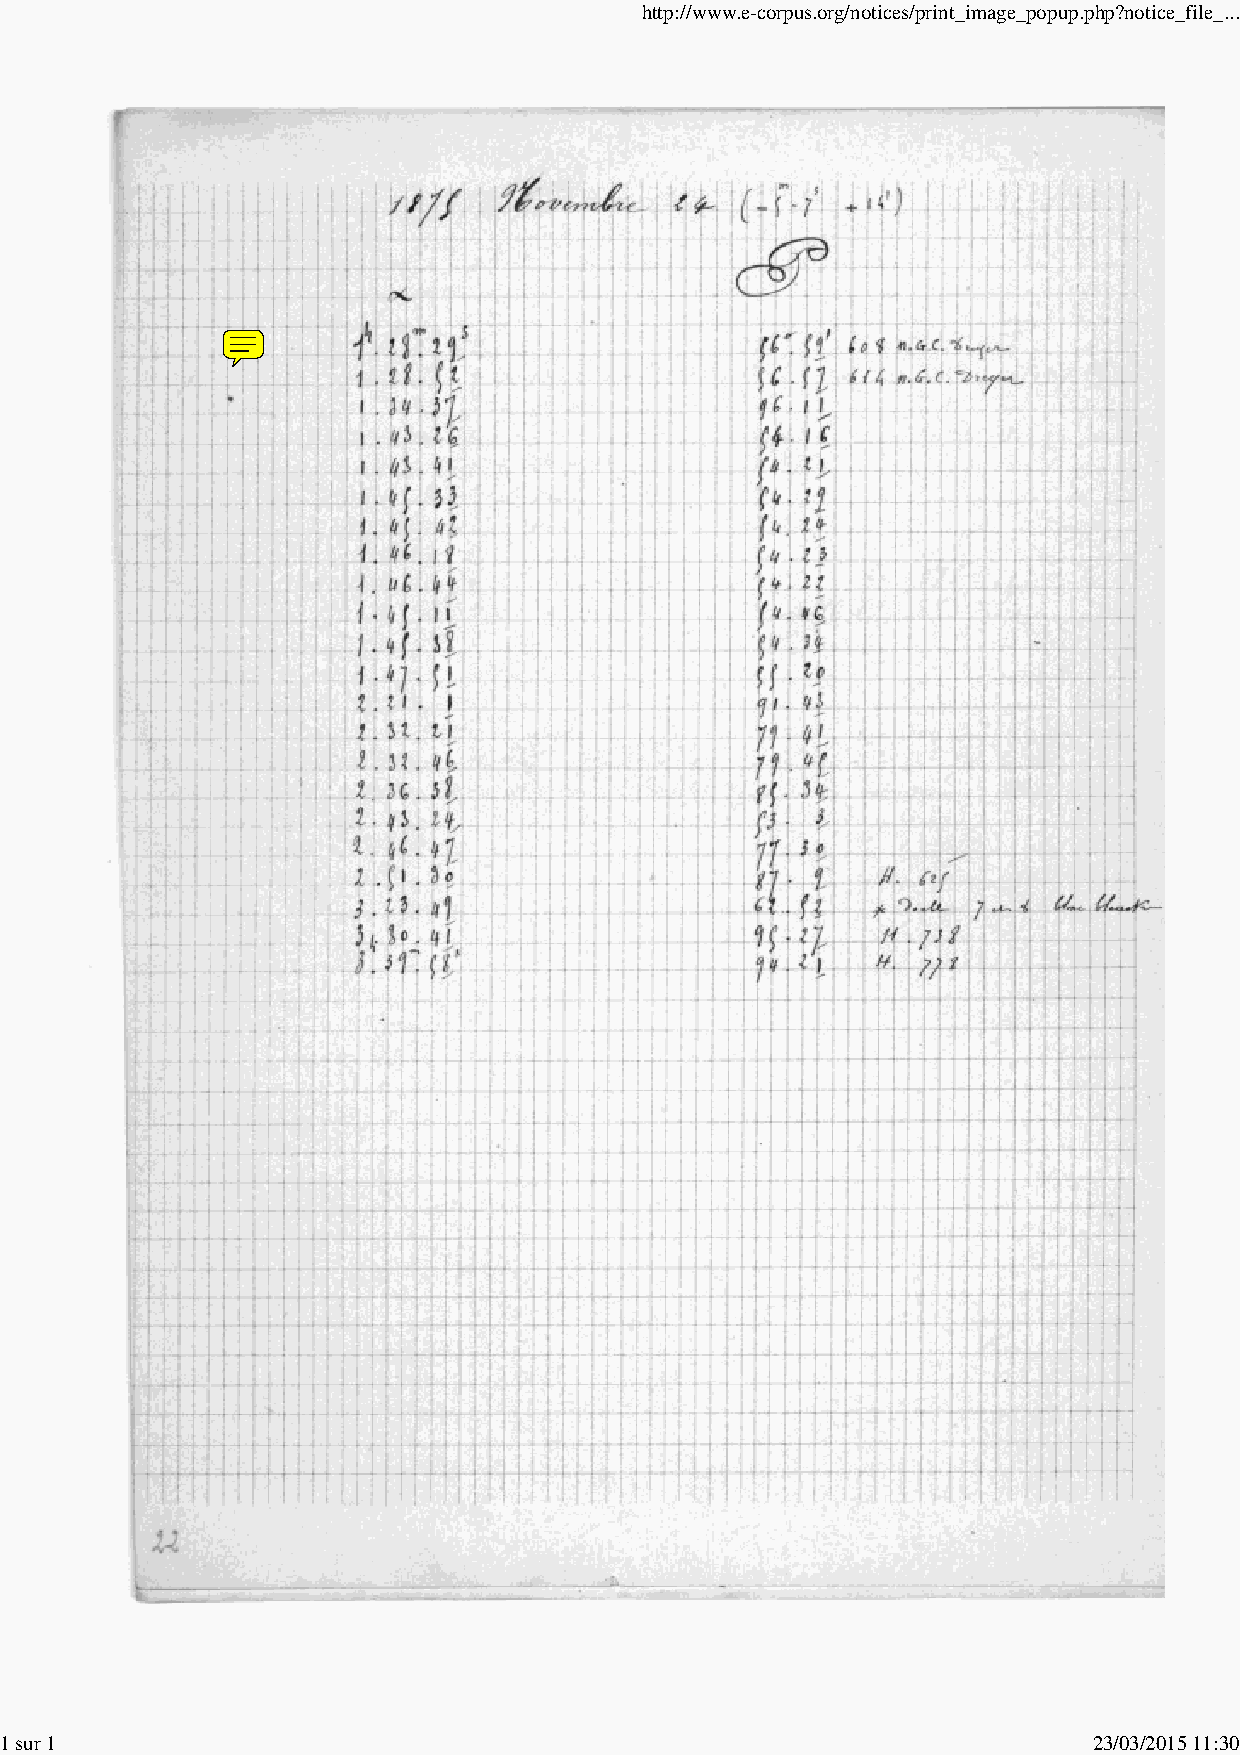
http://www.e-corpus.org/notices/print_image_popup.php?notice_file_...
 1 sur 1                                                                 23/03/2015 11:30